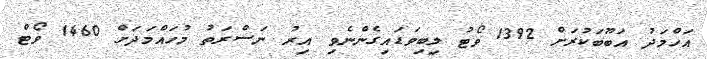
އަހްމަދު އަބޫބަކުރަށް 1392 ވޯޓު ލިބިވަޑައިގެންނެވި އިރު ނަސްރަތު މުހައްމަދަށް 1460 ވޯޓް